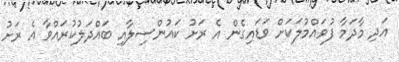
އަދި މާދަމާ ފުވައްމުލަކަށް ވަޑައިގެން އެ ރަށު ކައުންސިލާއި ބައްދަލުކުރައްވާ އެ ރަށު